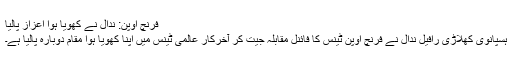
فرنچ اوپن: ندال نے کھویا ہوا اعزاز پالیا
ہسپانوی کھلاڑی رافیل ندال نے فرنچ اوپن ٹینس کا فائنل مقابلہ جیت کر آخرکار عالمی ٹینس میں اپنا کھویا ہوا مقام دوبارہ پالیا ہے۔